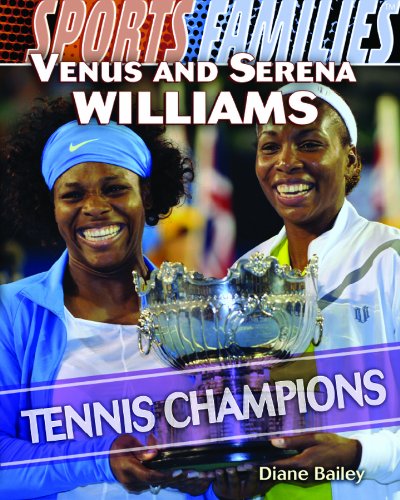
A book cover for Venus and Serena Williams: Tennis Champions (Sports Families); Diane Bailey; Children's Books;